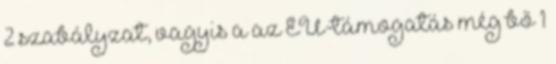
2 szabályzat, vagyis a az EU-támogatás még bő 1